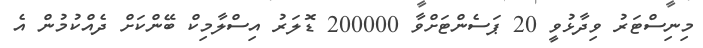
މިނިސްޓަރު ވިދާޅުވީ 20 ޕަސެންޓަށްވާ 200000 ޑޮލަރު އިސްލާމިކް ބޭންކަށް ދެއްކުމުން އެ